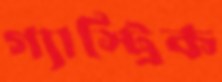
গ্যাস্ট্রিক